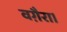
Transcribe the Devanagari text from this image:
वग़ैरा।